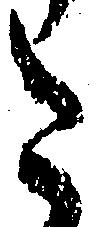
た